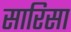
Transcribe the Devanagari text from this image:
सारिसा